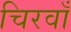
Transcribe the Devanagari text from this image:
चिरवाँ